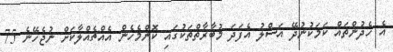
އެ ހެދުންތައް ކަމަކުނުދޭ އަސްލު އެފަދަ މުބާރާތްތަކުގައި ކޮންމެހެން އެއްޗެއްލާކަށް ނުޖެހޭނެ 75